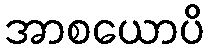
အာစယောပိ